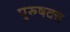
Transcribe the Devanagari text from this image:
पुरुषदत्त